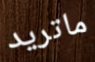
ماتريد